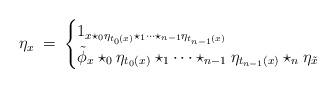
LaTeX: \begin{align*}\eta_x \:=\:\begin{cases}1_{x\star_0\eta_{t_0(x)}\star_1\cdots\star_{n-1}\eta_{t_{n-1}(x)}}& \\\tilde{\phi}_x \star_0 \eta_{t_0(x)} \star_1 \cdots \star_{n-1} \eta_{t_{n-1}(x)} \star_n \eta_{\tilde{x}}&\end{cases}\end{align*}